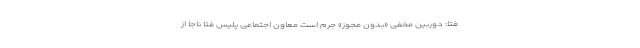
فتا: دوربین مخفی «بدون مجوز» جرم است معاون اجتماعی پلیس فتا ناجا از